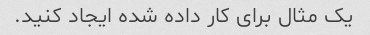
یک مثال برای کار داده شده ایجاد کنید.